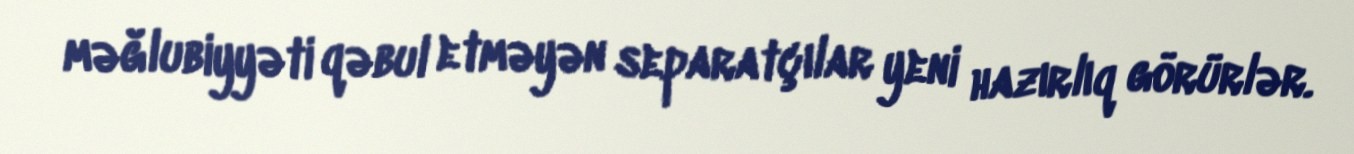
məğlubiyyəti qəbul etməyən separatçılar yeni hazırlıq görürlər.